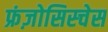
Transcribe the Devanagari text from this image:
फ्रंज़ोसिस्चेस